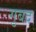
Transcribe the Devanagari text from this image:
गुबद